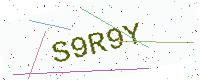
Text: S9R9Y